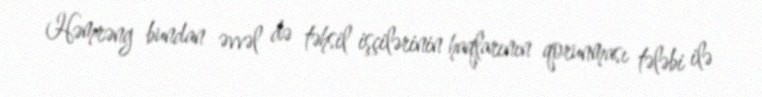
Həmrəng bundan əvvəl də təhsil işçilərinin haqlarının qorunması tələbi ilə